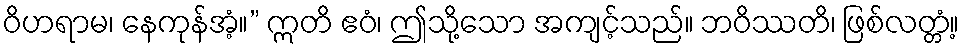
ဝိဟရာမ၊ နေကုန်အံ့။” ဣတိ ဧဝံ၊ ဤသို့သော အကျင့်သည်။ ဘဝိဿတိ၊ ဖြစ်လတ္တံ့။